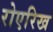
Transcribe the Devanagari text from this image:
रोएरिख